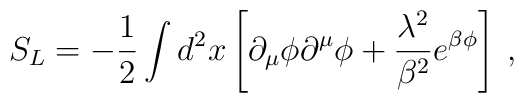
S_L=-{1\over2}\int d^2 x \left[ \partial_{\mu}\phi\partial^{\mu}\phi+{\lambda^2\over \beta^2}e^{\beta\phi}\right]\>,